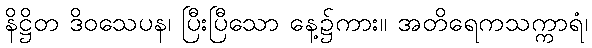
နိဋ္ဌိတ ဒိဝသေပန၊ ပြီးပြီသော နေ့၌ကား။ အတိရေကသက္ကာရံ၊